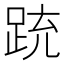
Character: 䟲